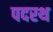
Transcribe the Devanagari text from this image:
पदरथ